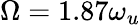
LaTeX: \Omega=1.87\omega_{u}